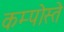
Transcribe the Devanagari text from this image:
कम्पोस्ते